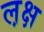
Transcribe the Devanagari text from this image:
ल़क्ष